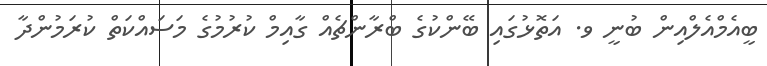
ބީއެމްއެލްއިން ބުނީ ވ. އަތޮޅުގައި ބޭންކުގެ ބްރާންޗެއް ގާއިމް ކުރުމުގެ މަސައްކަތް ކުރަމުންދާ